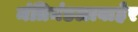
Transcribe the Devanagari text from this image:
मंत्रिमंडळाबाहेर